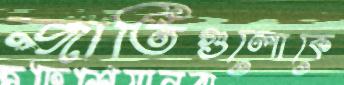
জাতিগুলোকে